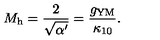
M _ { \mathrm { h } } = \frac { 2 } { \sqrt { \alpha ^ { \prime } } } = \frac { g _ { \mathrm { Y M } } } { \kappa _ { 1 0 } } .